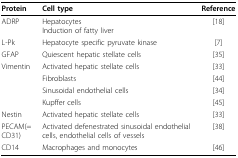
<table><thead><tr><td><b>Protein</b></td><td><b>Cell type</b></td><td><b>Reference</b></td></tr></thead><tbody><tr><td>ADRP</td><td>HepatocytesInduction of fatty liver</td><td>[18]</td></tr><tr><td>L-Pk</td><td>Hepatocyte specific pyruvate kinase</td><td>[7]</td></tr><tr><td>GFAP</td><td>Quiescent hepatic stellate cells</td><td>[35]</td></tr><tr><td>Vimentin</td><td>Activated hepatic stellate cells</td><td>[33]</td></tr><tr><td></td><td>Fibroblasts</td><td>[44]</td></tr><tr><td></td><td>Sinusoidal endothelial cells</td><td>[34]</td></tr><tr><td></td><td>Kupffer cells</td><td>[45]</td></tr><tr><td>Nestin</td><td>Activated hepatic stellate cells</td><td>[33]</td></tr><tr><td>PECAM(= CD31)</td><td>Activated defenestrated sinusoidal endothelial cells, endothelial cells of vessels</td><td>[38]</td></tr><tr><td>CD14</td><td>Macrophages and monocytes</td><td>[46]</td></tr></tbody></table>